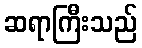
ဆရာကြီးသည်